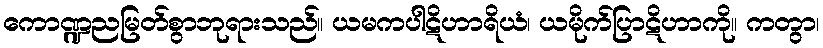
ကောဏ္ဍညမြတ်စွာဘုရားသည်။ ယမကပါဋိဟာရိယံ၊ ယမိုက်ပြာဋိဟာကို။ ကတွာ၊